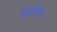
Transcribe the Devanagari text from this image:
प्रिटेरिया